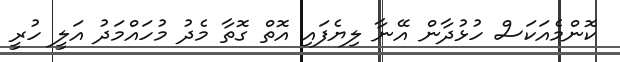
ކޮންމެއަކަސް ހުޅުދާން އޭނާ ލިޔެފައި އޮތް ގޮތާ މެދު މުހައްމަދު އަލީ ހުރީ